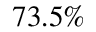
7 3 . 5 \%